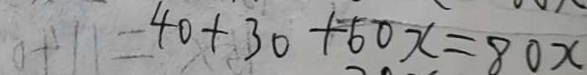
4 0 + 3 0 + 6 0 x = 8 0 x